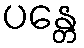
ပန္တေ